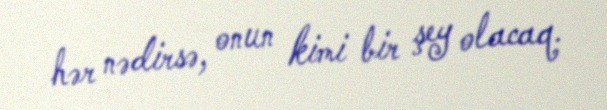
hər nədirsə, onun kimi bir şey olacaq.